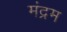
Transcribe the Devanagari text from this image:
मंद्रम